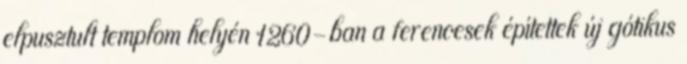
elpusztult templom helyén 1260-ban a ferencesek építettek új gótikus